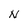
Character: N